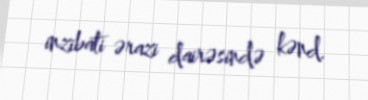
inzibati ərazi dairəsində kənd.